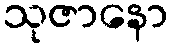
သုဇာနော